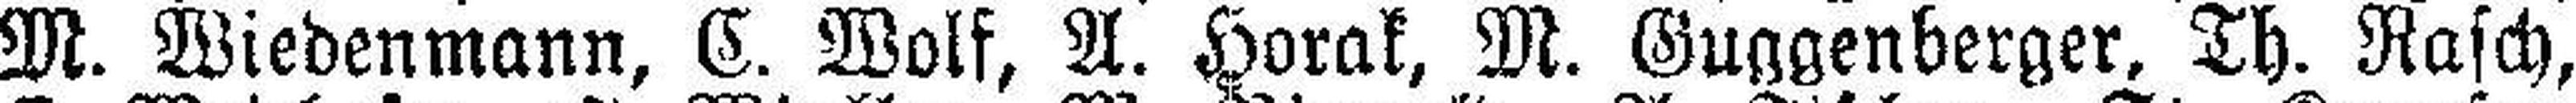
M. Wiedenmann, C. Wolf, A. Horak, M. Guggenberger, Th. Rasch,